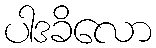
ပါဒခိလော